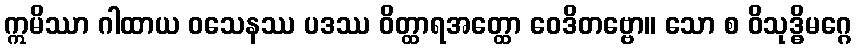
ဣမိဿာ ဂါထာယ ဝသေနဿ ပဒဿ ဝိတ္ထာရအတ္ထော ဝေဒိတဗ္ဗော။ သော စ ဝိသုဒ္ဓိမဂ္ဂေ